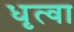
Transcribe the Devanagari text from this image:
धृत्वा